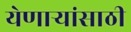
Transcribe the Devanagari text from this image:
येणार्‍यांसाठी